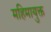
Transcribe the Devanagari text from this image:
महिमायुक्त